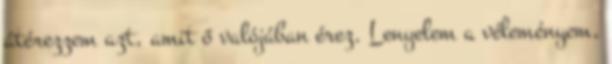
átérezzem azt, amit ő valójában érez. Lenyelem a véleményem,